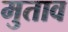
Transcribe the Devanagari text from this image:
मुताव